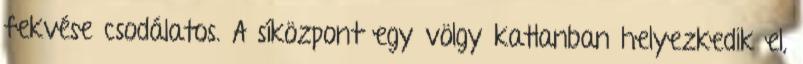
fekvése csodálatos. A síközpont egy völgy katlanban helyezkedik el,